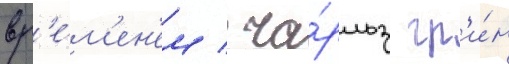
вр'е́м'ен'ем / ча́рльз гр'и́н